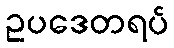
ဥပဒေတရပ်